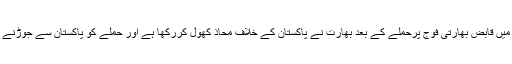
واضح رہے کہ مقبوضہ کشمیر میں قابض بھارتی فوج پرحملے کے بعد بھارت نے پاکستان کے خلاف محاذ کھول کررکھا ہے اور حملے کو پاکستان سے جوڑنے کی کوششوں میں مصروف ہے۔